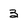
Character: 3